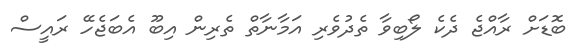
ބޮޑަށް ރާއްޖެ ދެކެ ލޯބިވާ ތެދުވެރި އަމާނާތް ތެރިން އިބޫ އެބަޖެހޭ ރައީސް